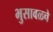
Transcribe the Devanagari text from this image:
भुसावळचे